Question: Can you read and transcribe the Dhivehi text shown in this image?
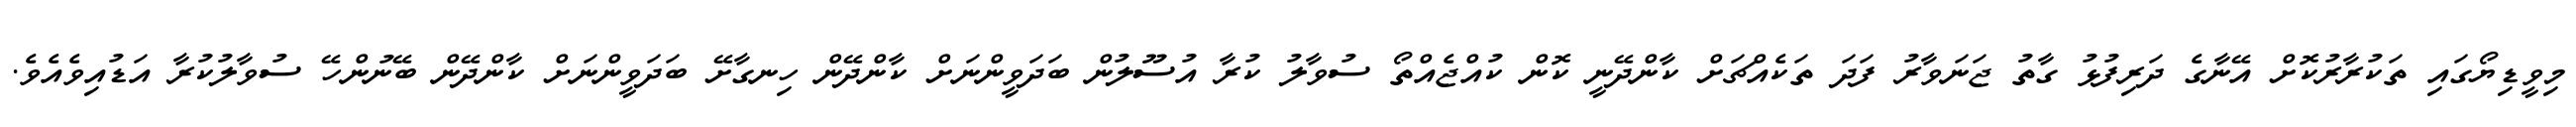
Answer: މިވީޑިޔޯގައި ތަކުރާރުކޮށް އޭނާގެ ދަރިފުޅު ގާތު ޖަނަވާރު ފަދަ ތަކެއްޗަށް ކާންދޭނީ ކޮން ކުއްޖެއްތޯ ސުވާލު ކުރާ އުސޫލުން ބަދަވީންނަށް ކާންދޭން ހިނގާށޭ ބަދަވީންނަށް ކާންދޭން ބޭނުންހޭ ސުވާލުކުރާ އަޑުއިވެއެވެ.